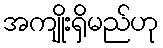
အကျိုးရှိမည်ဟု